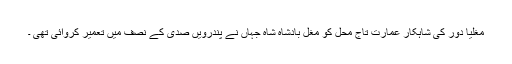
مغلیا دور کی شاہکار عمارت تاج محل کو مغل بادشاہ شاہ جہاں نے پندرویں صدی کے نصف میں تعمیر کروائی تھی ۔